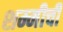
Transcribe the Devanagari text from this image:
शम्मीची